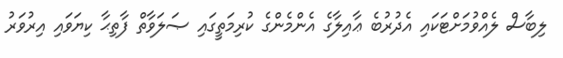
ލިބާސް ލެއްވުމަށްޓަކައި އެދުރުބެ ޢާއިލާގެ އެންމެންގެ ކުރިމަތީގައި ޞަލަވާތް ފާތިޙާ ކިޔަވައި އިރުވަރު